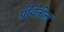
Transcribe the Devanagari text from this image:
ग्रीवेतील